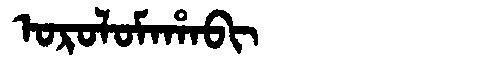
Manchu: ᠣᡵᠣᠯᠣᠮᠠᡥᠠᠪᡳ
Romanization: OROLOMAHABI